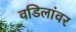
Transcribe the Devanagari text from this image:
वडिलांवर